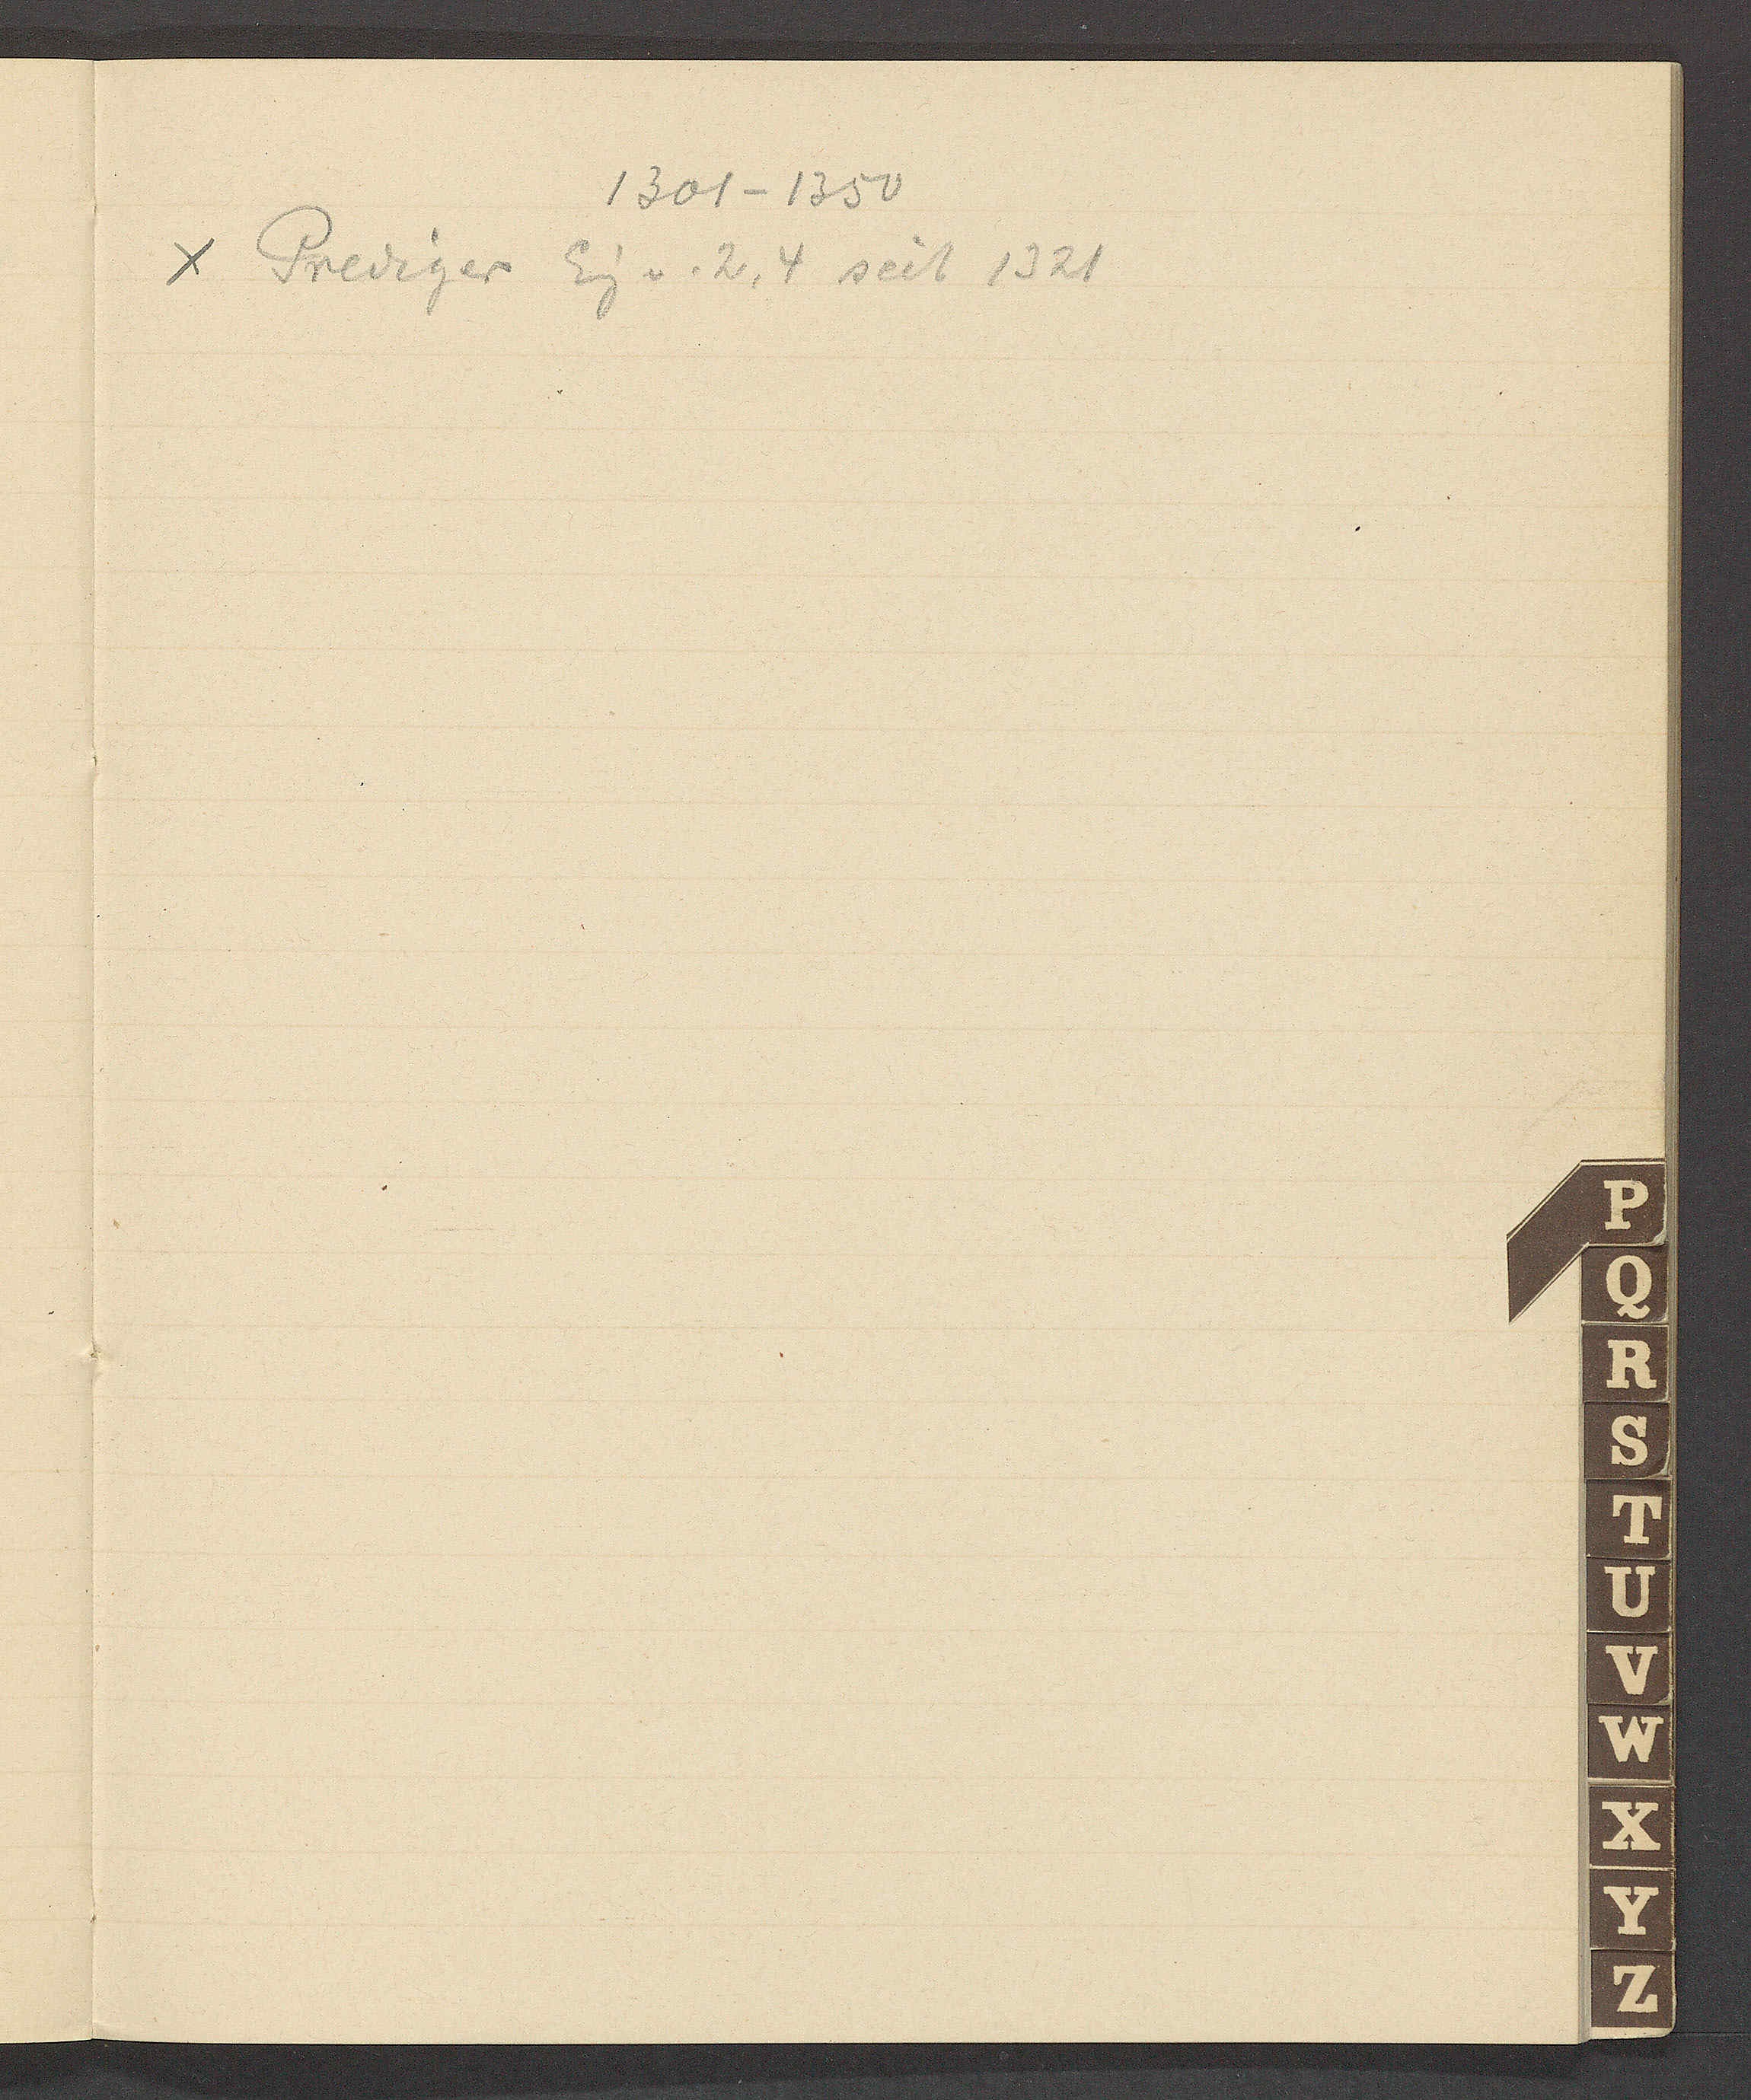
Transcript:
1301 – 1350
Prediger Eig v. 2, 4 seit 1321